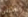
وعدتنى